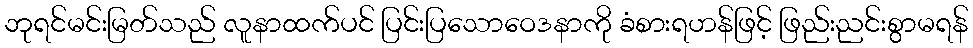
ဘုရင်မင်းမြတ်သည် လူနာထက်ပင် ပြင်းပြသောဝေဒနာကို ခံစားရဟန်ဖြင့် ဖြည်းညင်းစွာမရန်